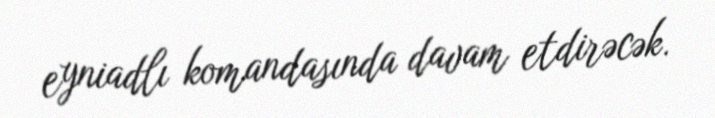
eyniadlı komandasında davam etdirəcək.